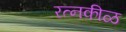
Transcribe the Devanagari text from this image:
रत्नकीळ